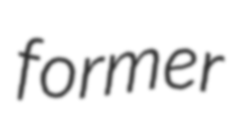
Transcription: former